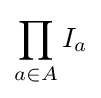
\prod _{a\in A}I_{a}